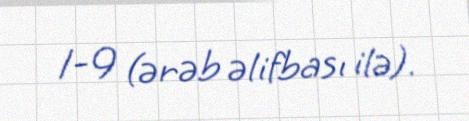
1-9 (ərəb əlifbası ilə).